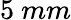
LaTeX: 5~mm